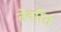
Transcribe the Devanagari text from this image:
तेवरित